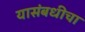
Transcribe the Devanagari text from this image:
यासंबधीचा